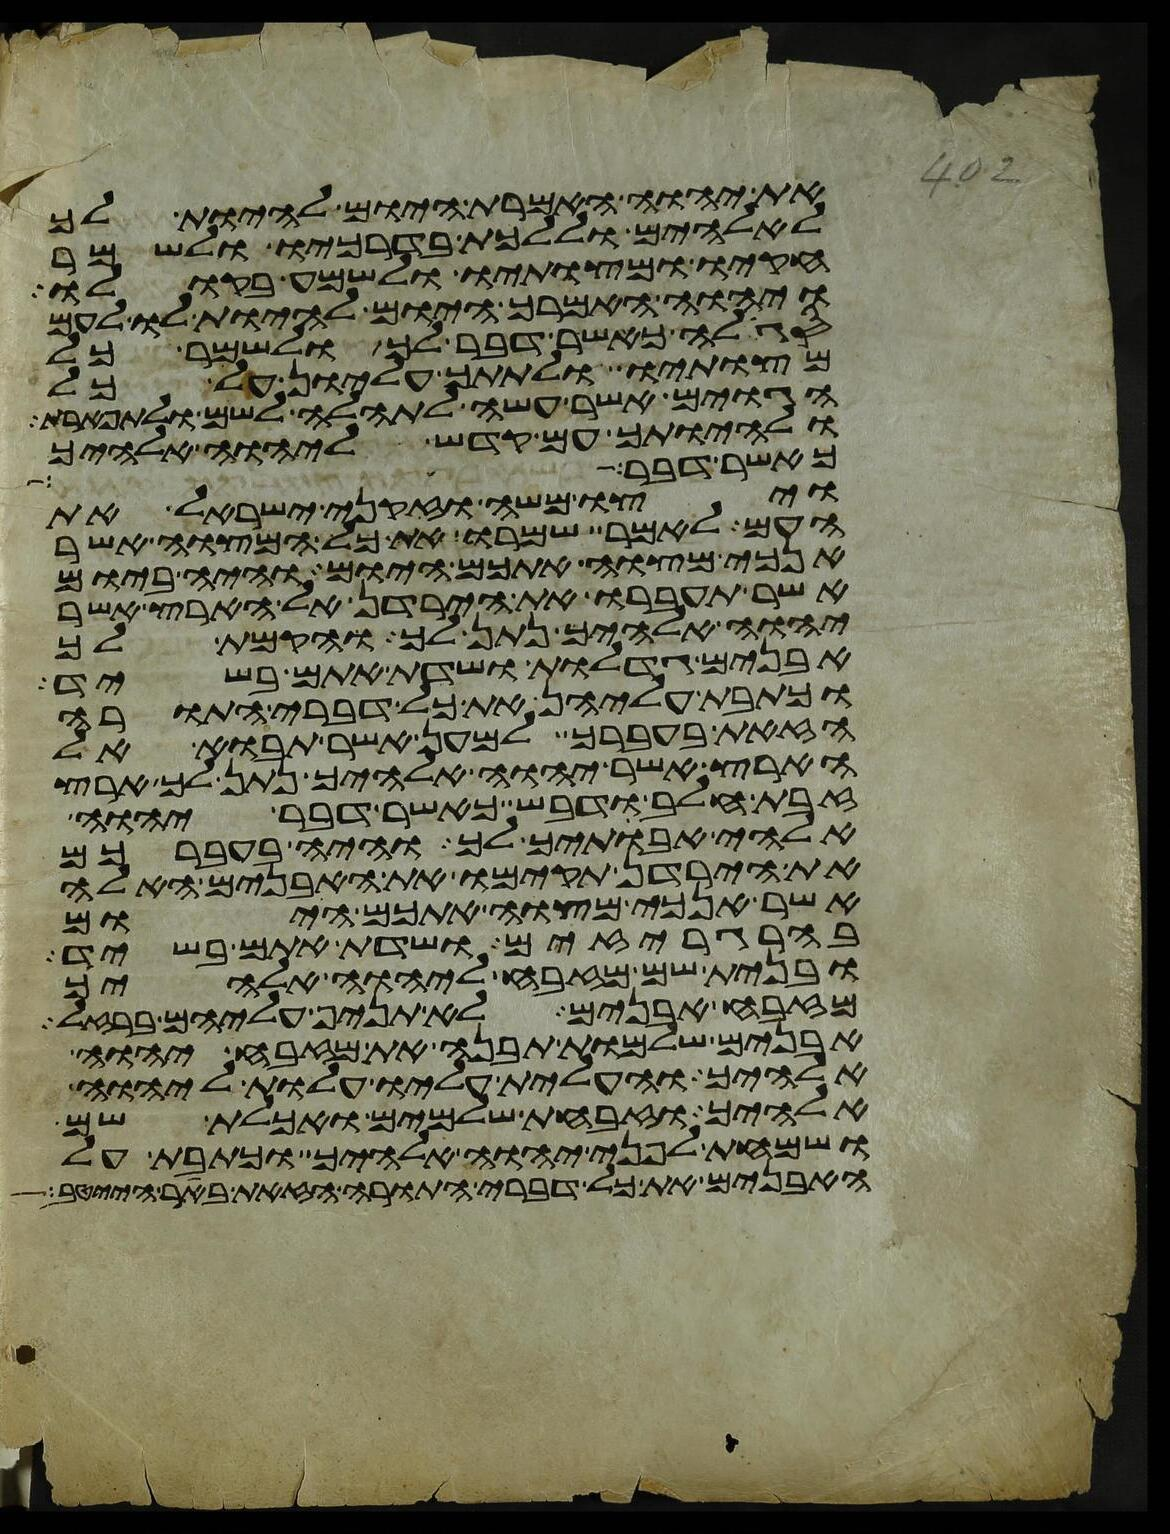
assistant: את יהוה האמרת היום להיות לך
לאלהים וללכת בדרכיו ולשמר
חקיו ומצותיו ולשמע בקולו
ויהוה האמרך היום להיות לו לעם
סגלה כאשר דבר לך ולשמר כל
מצותיו ולתתך עליון על כל
הגוים אשר עשה לתהלה לשם ולתפארת
ולהיותך עם קדש ליהוה אלהיך
כאשר דבר משה
ויצו משה וזקני ישראל את
העם לאמר שמרו את כל המצוה אשר
אנכי מצוה אתכם היום והיה ביום
אשר תעברו את הירדן אל הארץ אשר
יהוה אלהיך נתן לך והקמת לך
אבנים גדלות ושדת אתם בשיד
וכתבת עליהן את כל דברי התורה
הזאת בעברך למען אשר תבוא אל
הארץ אשר יהוה אלהיך נתן לך ארץ
זבת חלב ודבש כאשר דבר יהוה
אלהי אבתיך לך והיה בעברכם
את הירדן תקימו את האבנים האלה
אשר אנכי מצוה אתכם היום
בהרגריזים ושדת אתם בשיד
ובנית שם מזבח ליהוה אלהיך
מזבח אבנים לא תניף עליהם ברזל
אבנים שלמות תבנה את מזבח יהוה
אלהיך והעלית עליו עלות ליהוה
אלהיך וזבחת שלמים ואכלת שם
ושמחת לפני יהוה אלהיך וכתבת על
האבנים את כל דברי התורה הזאת באר הייטב